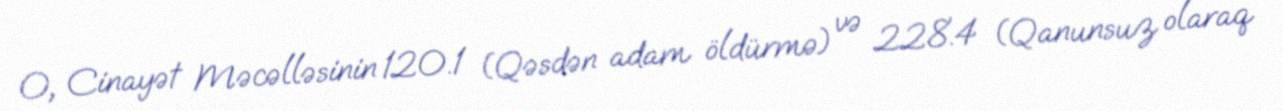
O, Cinayət Məcəlləsinin 120.1 (Qəsdən adam öldürmə) və 228.4 (Qanunsuz olaraq